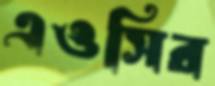
এওসির